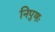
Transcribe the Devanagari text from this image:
निपुणः